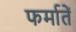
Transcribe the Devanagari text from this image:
फर्मातें